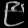
Digit: ၉